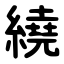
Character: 繞